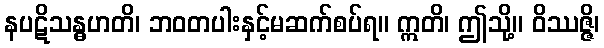
နပဋိသန္ဓဟတိ၊ ဘဝတပါးနှင့်မဆက်စပ်ရ။ ဣတိ၊ ဤသို့။ ဝိဿဇ္ဇိ၊